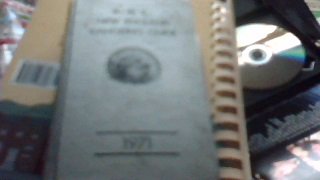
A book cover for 1971 AMC New England Canoeing Guide; Appalachian Mountain Club (publishers); Travel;